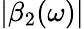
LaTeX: |\beta_{2}(\omega)|